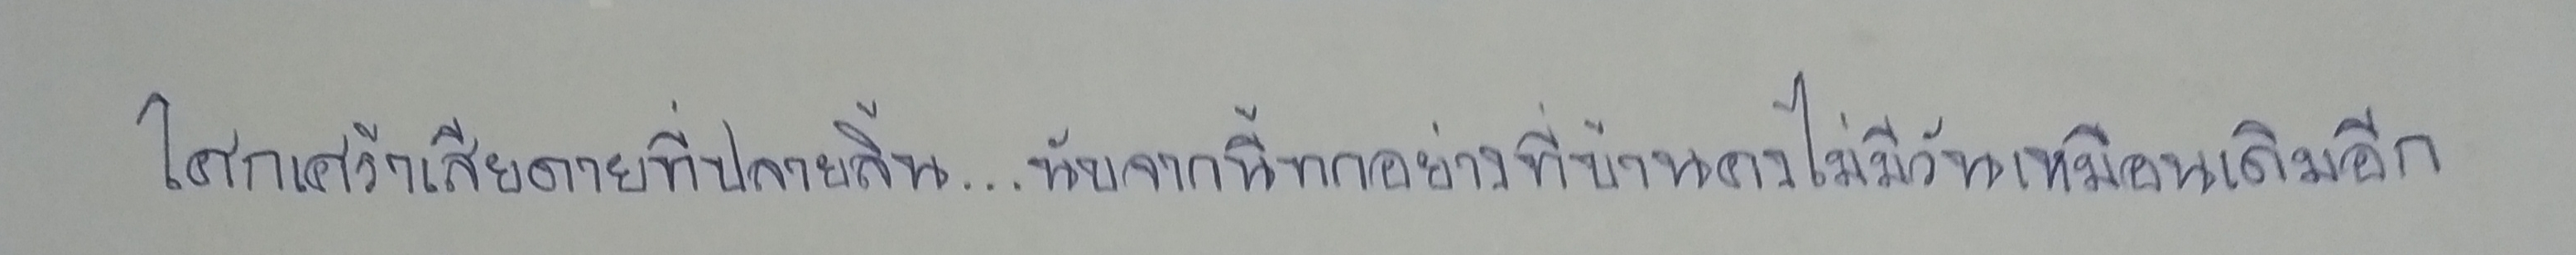
โศกเศร้าเสียดายที่ปลายลิ้น...นับจากนี้ทุกอย่างที่บ้านคงไม่มีวันเหมือนเดิมอีก